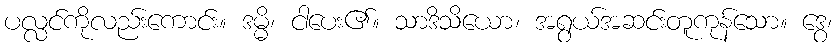
ပလ္လင်ကိုလည်းကောင်း။ ဒမ္မိ၊ ငါပေး၏။ သာဒိသိယော၊ အရွယ်အဆင်းတူကုန်သော။ ဒွေ၊